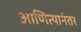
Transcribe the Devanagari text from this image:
आणित्यानंतर